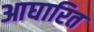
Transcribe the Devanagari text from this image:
आघारित